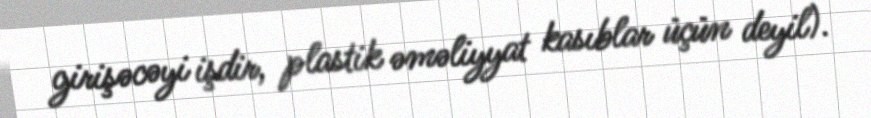
girişəcəyi işdir, plastik əməliyyat kasıblar üçün deyil).